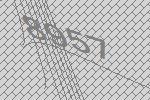
8957